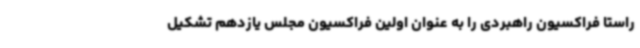
راستا فراکسیون راهبردی را به‌ عنوان اولین فراکسیون مجلس یازدهم تشکیل